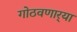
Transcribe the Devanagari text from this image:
गोठवणार्‍या